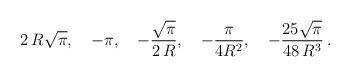
LaTeX: \begin{align*}2\,R\sqrt\pi,\quad-\pi,\quad-\frac{\sqrt \pi}{2\,R},\quad-\frac{\pi}{4R^2},\quad-\frac{25\sqrt \pi}{48\,R^3}\,{.}\end{align*}